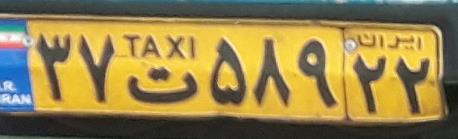
۳۷ت۵۸۹۲۲